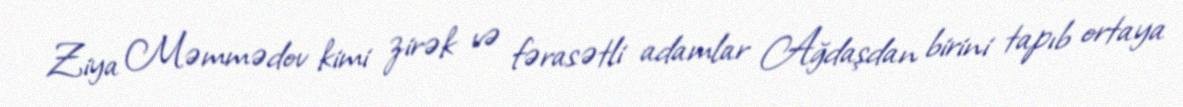
Ziya Məmmədov kimi zirək və fərasətli adamlar Ağdaşdan birini tapıb ortaya